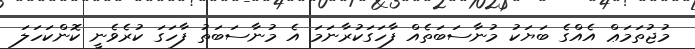
މުޖުތަމަޢް އެއްގެ ބަޔަކު މުނާސަބަތެއް ފާހަގަކުރާނަމަ އެ މުނާސަބަތު ފާހަގަ ކުރެވެނީ ކޮންކަހަލަ